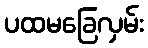
ပထမခြေလှမ်း